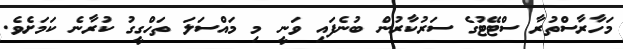
މަހާރާސްތުރާ ސްޓޭޓުގެ ސަރުކާރުން ބުނެފައި ވަނީ މި މައްސަލަ ތަހްގީގު ކުރާނެ ކަމަށެވެ.